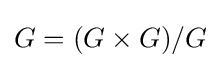
G=(G\times G)/G